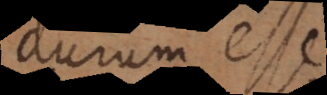
durum esse